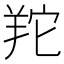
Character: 䍫